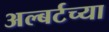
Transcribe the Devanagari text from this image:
अल्बर्टच्या